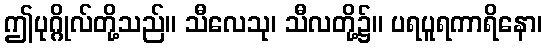
ဤပုဂ္ဂိုလ်တို့သည်။ သီလေသု၊ သီလတို့၌။ ပရပူရကာရိနော၊